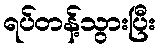
ရပ်တန့်သွားပြီး